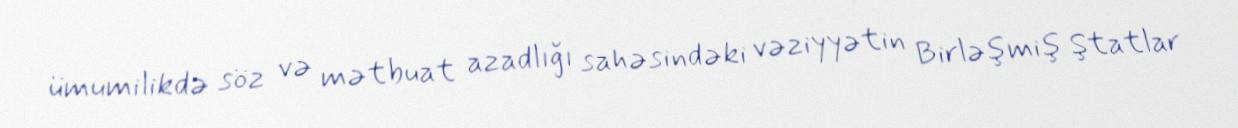
ümumilikdə söz və mətbuat azadlığı sahəsindəki vəziyyətin Birləşmiş Ştatlar